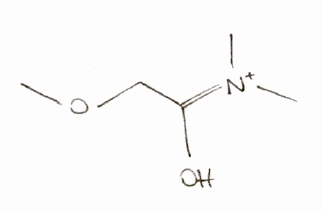
Simplified molecular-input line-entry system (SMILES) notation of the given molecule:
C[N+](=C(COC)O)C